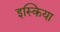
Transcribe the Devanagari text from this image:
इस्किया